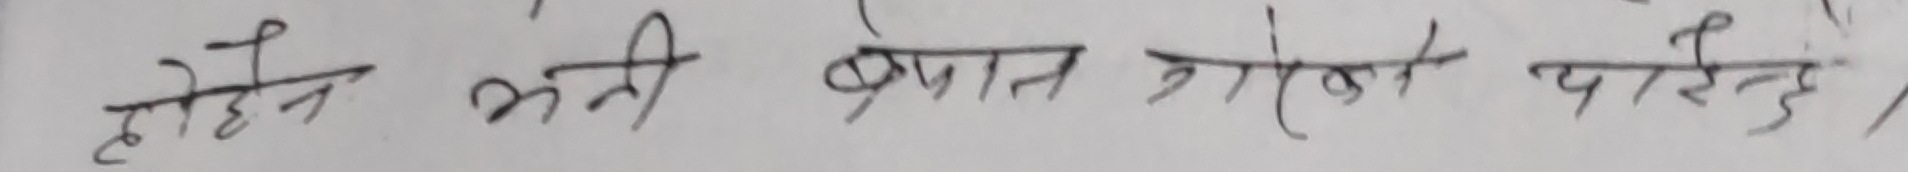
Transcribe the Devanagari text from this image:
होइन भनी बेबात गर्नु पारेन